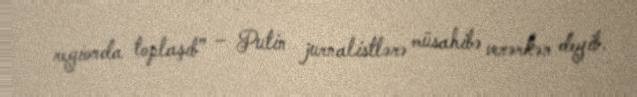
regionda toplaşıb” – Putin jurnalistlərə müsahibə verərkən deyib.